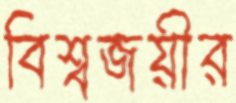
বিশ্বজয়ীর